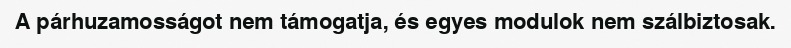
A párhuzamosságot nem támogatja, és egyes modulok nem szálbiztosak.